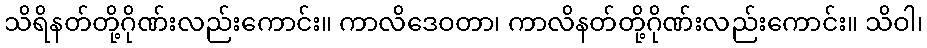
သိရိနတ်တို့ဂိုဏ်းလည်းကောင်း။ ကာလိဒေဝတာ၊ ကာလိနတ်တို့ဂိုဏ်းလည်းကောင်း။ သိဝါ၊